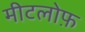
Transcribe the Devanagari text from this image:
मीटलोफ़